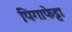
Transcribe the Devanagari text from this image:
पिगाफेट्टा